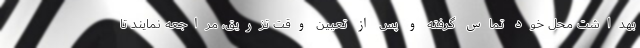
بهداشت محل خود تماس گرفته و پس از تعیین وقت تزریق، مراجعه نمایند تا